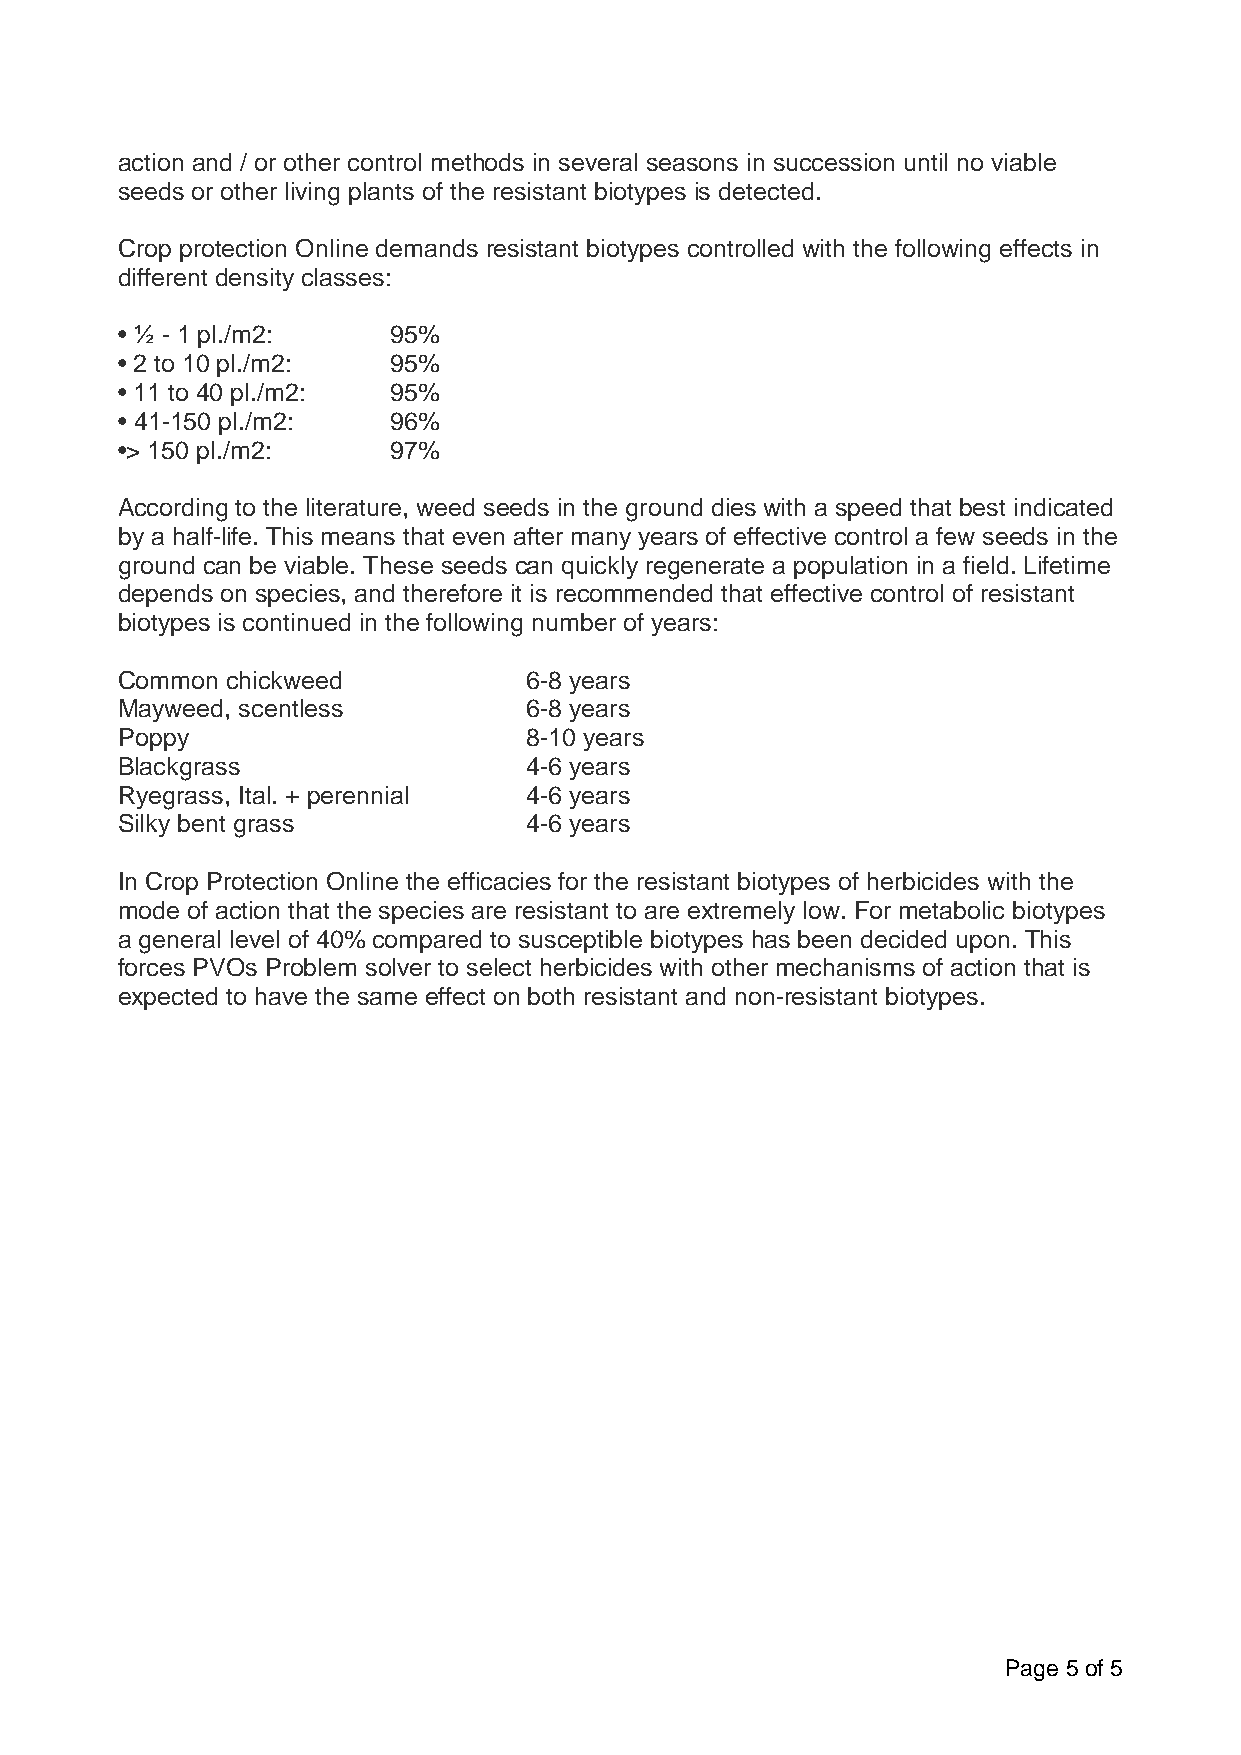
action and / or other control methods in several seasons in succession until no viable
 seeds or other living plants of the resistant biotypes is detected.
 Crop protection Online demands resistant biotypes controlled with the following effects in
 different density classes:
 • ½ - 1 pl./m2:   95%
 • 2 to 10 pl./m2: 95%
 • 11 to 40 pl./m2: 95%
 • 41-150 pl./m2:  96%
 •> 150 pl./m2:    97%
 According to the literature, weed seeds in the ground dies with a speed that best indicated
 by a half-life. This means that even after many years of effective control a few seeds in the
 ground can be viable. These seeds can quickly regenerate a population in a field. Lifetime
 depends on species, and therefore it is recommended that effective control of resistant
 biotypes is continued in the following number of years:
 Common chickweed           6-8 years
 Mayweed, scentless         6-8 years
 Poppy                      8-10 years
 Blackgrass                 4-6 years
 Ryegrass, Ital. + perennial 4-6 years
 Silky bent grass           4-6 years
 In Crop Protection Online the efficacies for the resistant biotypes of herbicides with the
 mode of action that the species are resistant to are extremely low. For metabolic biotypes
 a general level of 40% compared to susceptible biotypes has been decided upon. This
 forces PVOs Problem solver to select herbicides with other mechanisms of action that is
 expected to have the same effect on both resistant and non-resistant biotypes.
 Page 5 of 5